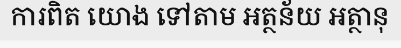
ការពិត យោង ទៅតាម អត្ថន័យ អត្ថានុ